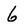
Character: 6